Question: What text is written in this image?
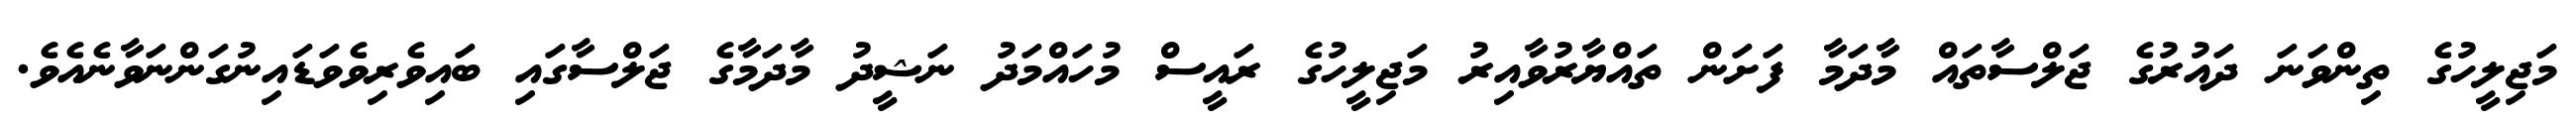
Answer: މަޖިލީހުގެ ތިންވަނަ ދައުރުގެ ޖަލްސާތައް މާދަމާ ފަށަން ތައްޔާރުވާއިރު މަޖިލީހުގެ ރައީސް މުހައްމަދު ނަޝީދު މާދަމާގެ ޖަލްސާގައި ބައިވެރިވެވަޑައިނުގަންނަވާނެއެވެ.